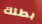
بطلك